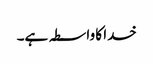
خدا کا واسطہ ہے۔